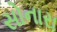
સોનારા